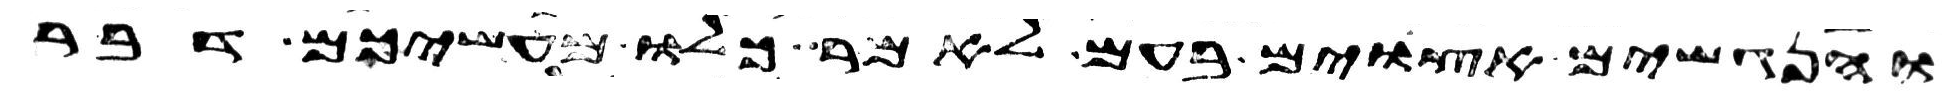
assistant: והנגשים אצוים בעם לאמר כלו מעשיכם דבר